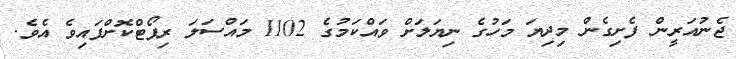
ޖެނުއަރީން ފެށިގެން މިދިޔަ މަހުގެ ނިޔަލަށް ވައްކަމުގެ 1102 މައްސަލަ ރިޕޯޓްކޮށްފައިވެ އެވެ.